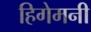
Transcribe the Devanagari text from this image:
हिगेमनी